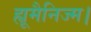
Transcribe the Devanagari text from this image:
ह्यूमैनिज्म।